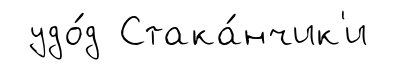
удо́д Стака́нчик'и